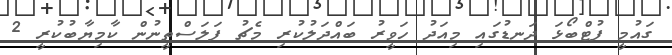
ގައުމީ ފުޓްބޯޅަ ދަނޑުގައި މިއަދު ހަވީރު ބައްދަލުކުރި މެޗު ފަލަސްތީނުން ކާމިޔާބުކުރީ 2